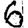
Digit: 6